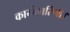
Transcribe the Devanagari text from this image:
कार्यकारिणी।